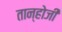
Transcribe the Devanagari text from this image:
तान्होजी